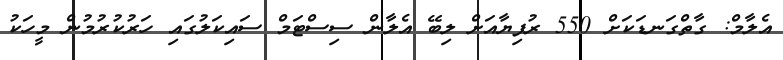
އެލާމް: ގާތްގަނޑަކަށް 550 ރުފިޔާއަށް ލިބޭ އެލާން ސިސްޓަމް ސައިކަލުގައި ހަރުކުރުމުން މީހަކު